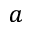
a